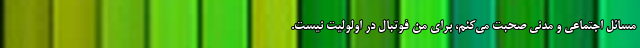
مسائل اجتماعی و مدنی صحبت می‌کنم، برای من فوتبال در اولولیت نیست.